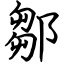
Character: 鄒